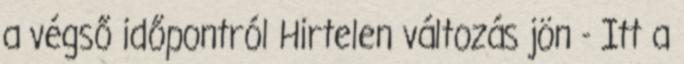
a végső időpontról Hirtelen változás jön - Itt a